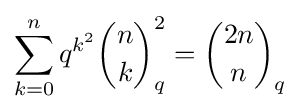
\sum _{k=0}^{n}q^{k^{2}}{\binom {n}{k}}_{q}^{2}={\binom {2n}{n}}_{q}